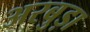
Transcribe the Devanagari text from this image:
अरबुड़ा